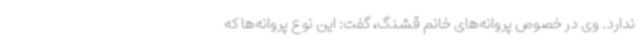
ندارد. وی در خصوص پروانه‌های خانم قشنگ، گفت: این نوع پروانه‌ها که